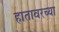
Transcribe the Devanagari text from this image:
हातावरच्या